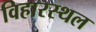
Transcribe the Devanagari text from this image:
विहारस्थल